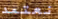
نعتمد